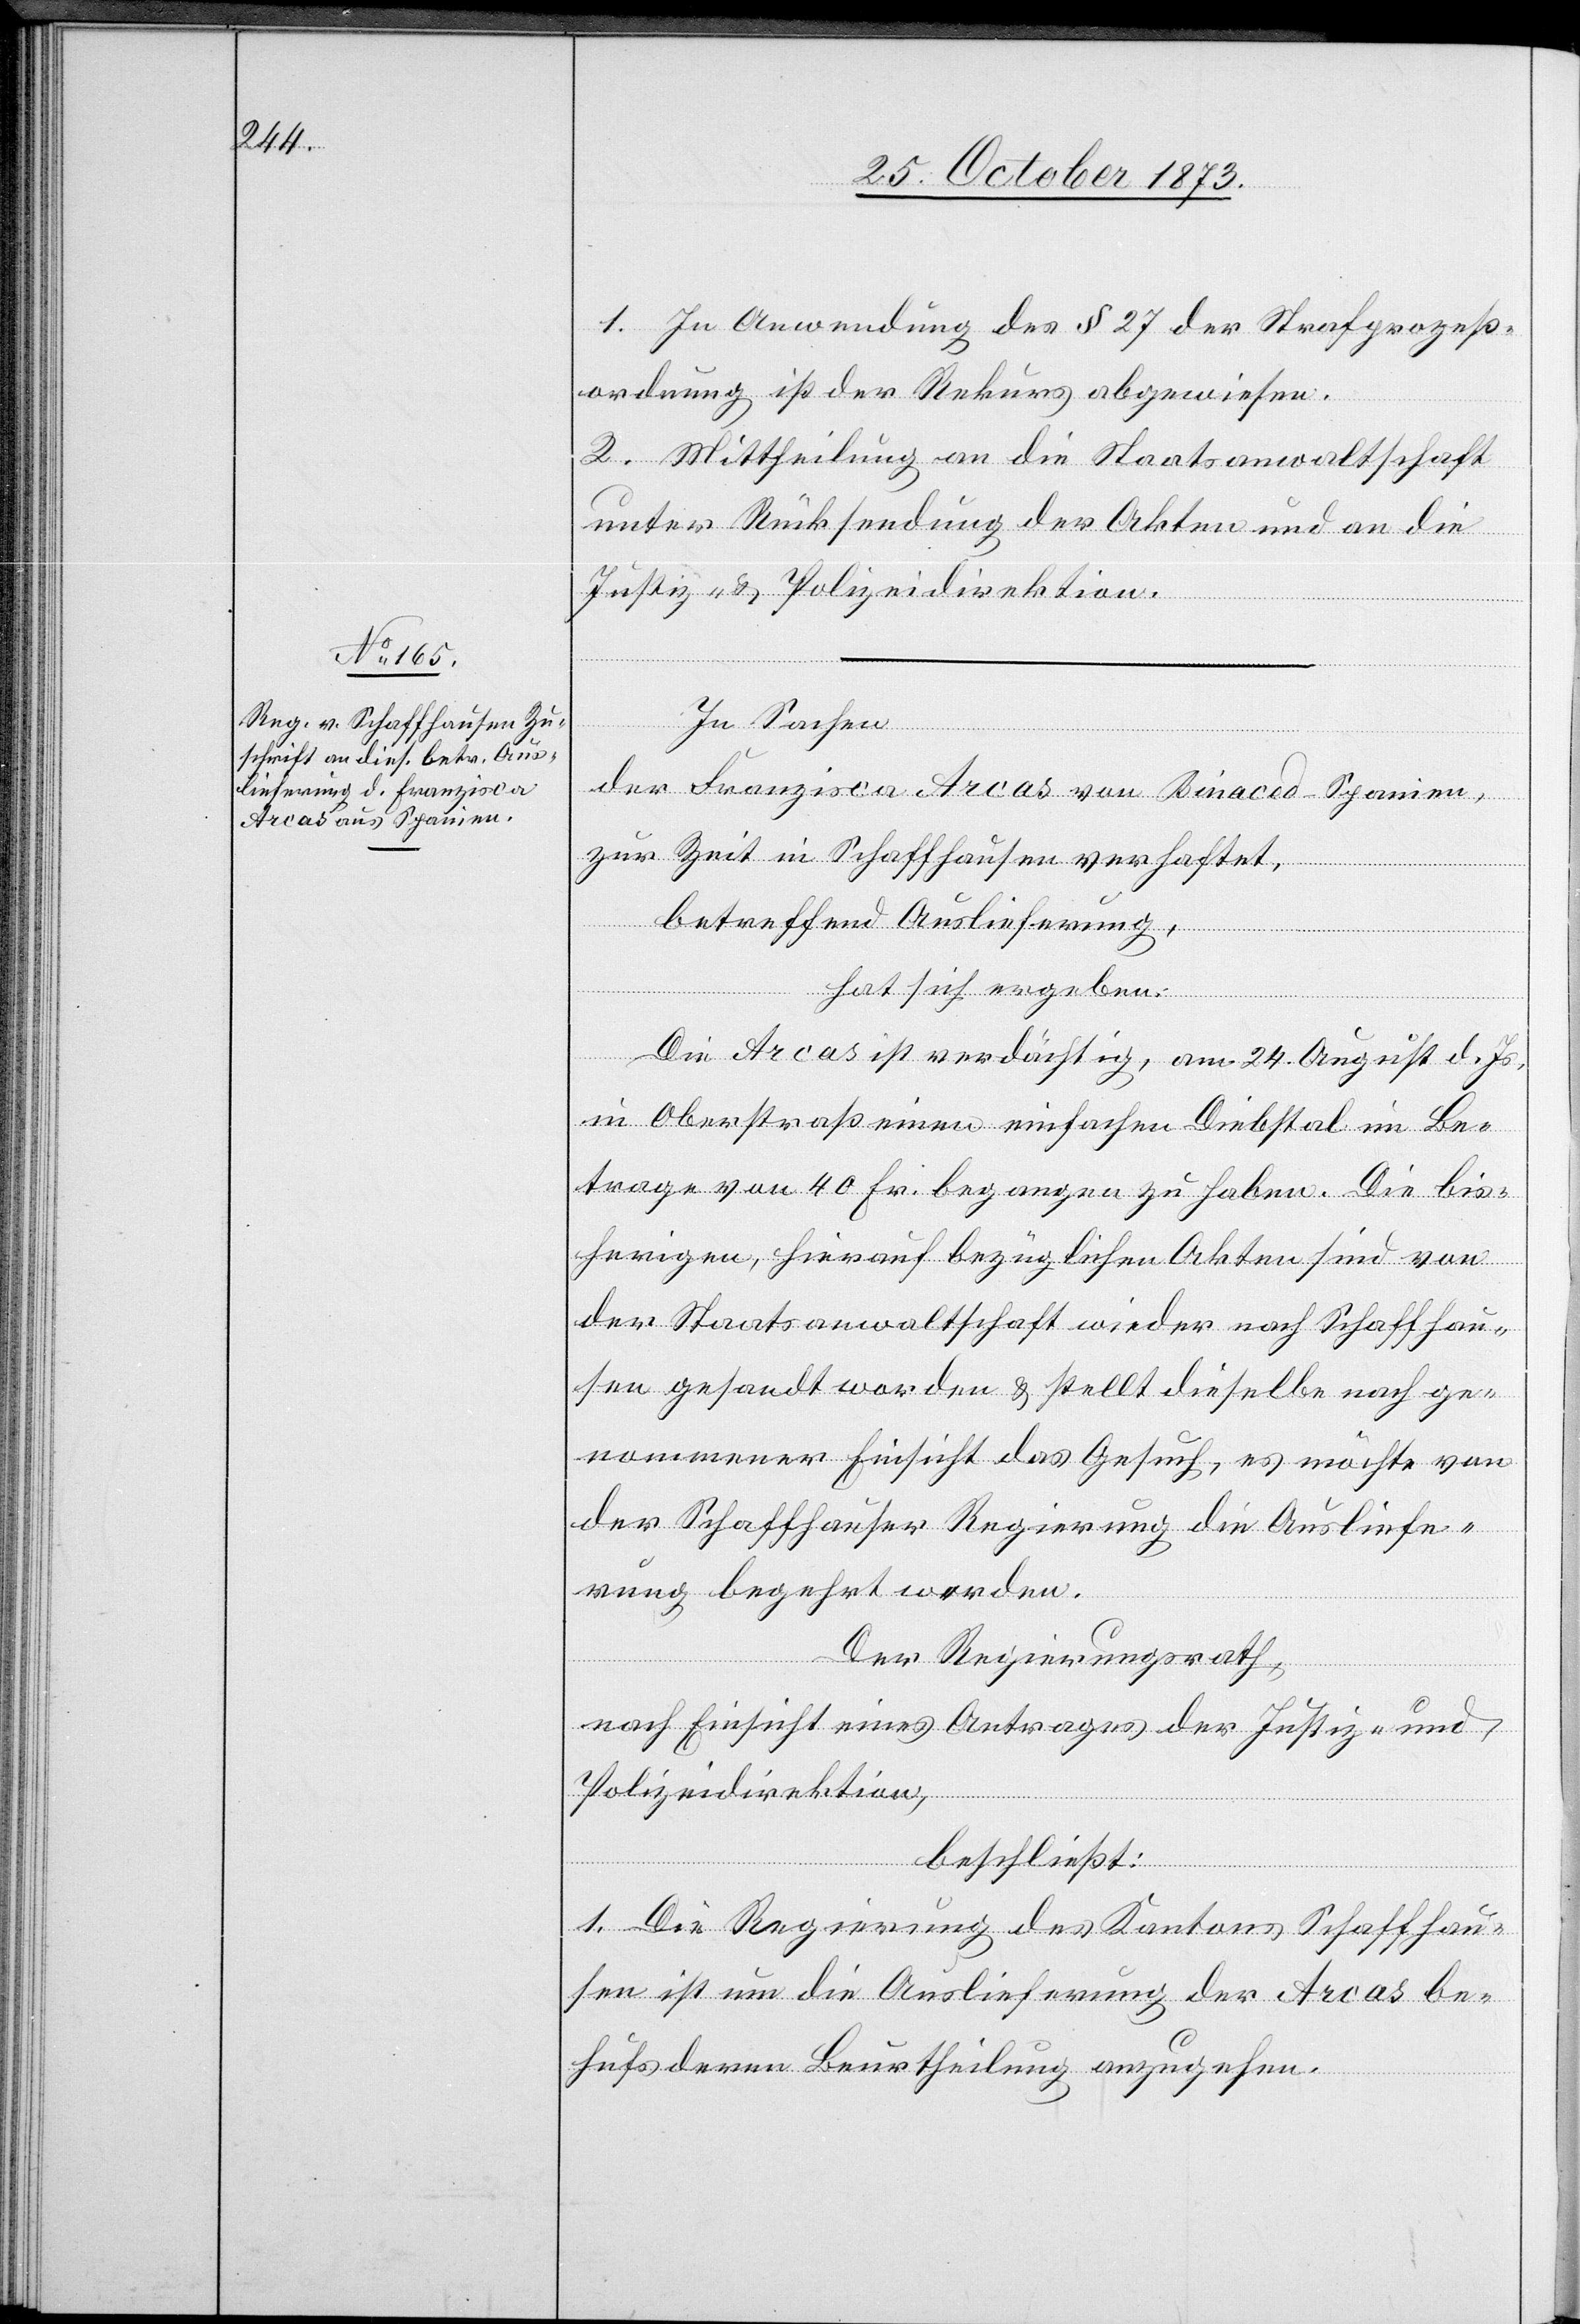
1. In Anwendung des § 27 der Strafprozeß¬
ordnung ist der Rekurs abgewiesen.
2. Mittheilung an die Staatsanwaltschaft
unter Rücksendung der Akten und an die
Justiz- & Polizeidirektion.
In Sachen
der Franzisca Arcas von Binaced - Spanien,
zur Zeit in Schaffhausen verhaftet,
betreffend Auslieferung,
hat sich ergeben:
Die Arcas ist verdächtig, am 24. August d. Js.
in Oberstraß einen einfachen Diebstal im Be¬
trage von 40 Fr. begangen zu haben. Die bis¬
herigen, hierauf bezüglichen Akten sind von
der Staatsanwaltschaft wieder nach Schaffhau¬
sen gesandt worden & stellt dieselbe nach ge¬
nommener Einsicht das Gesuch, es möchte von
der Schaffhauser Regierung die Ausliefe¬
rung begehrt werden.
Der Regierungsrath,
nach Einsicht eines Antrages der Justiz- und
Polizeidirektion,
beschließt:
1. Die Regierung des Kantons Schaffhau¬
sen ist um die Auslieferung der Arcas be¬
hufs deren Beurtheilung anzugehen.